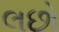
લછો